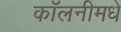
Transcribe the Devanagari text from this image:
कॉलनीमधे